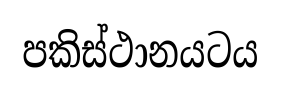
පකිස්ථානයටය